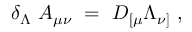
\delta _ { \Lambda } ~ A _ { \mu \nu } ~ = ~ D _ { [ \mu } \Lambda _ { \nu ] } ~ ,